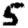
Digit: 5